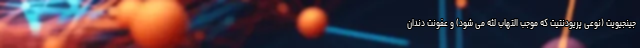
جینجیویت (نوعی پریودنتیت که موجب التهاب لثه می شود) و عفونت دندان